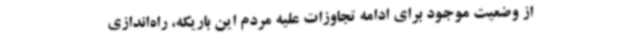
از وضعیت موجود برای ادامه تجاوزات علیه مردم این باریکه، راه‌اندازی